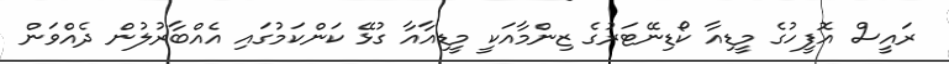
ރައީސް އޮފީހުގެ މީޑިއާ ކޯޑިނޭޓަރުގެ ޒިންމާއަކީ މީޑިއާއާ ގުޅޭ ކަންކަމުގައި އެއްބާރުލުން ދެއްވަން